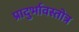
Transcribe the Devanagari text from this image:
प्रादुर्भावस्तोत्र